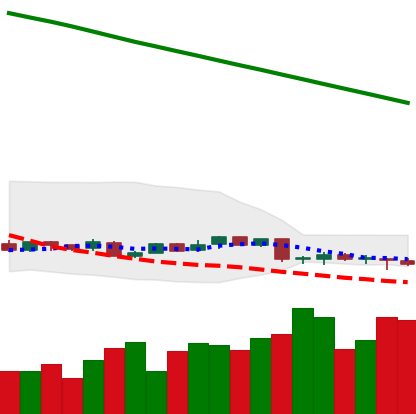
Ticker: XMR-USD
Chart end date: 2019-02-03
Forward return: 12.15%
Label: up_7plus